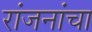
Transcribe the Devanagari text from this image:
रांजनांचा